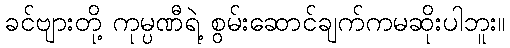
ခင်ဗျားတို့ ကုမ္ပဏီရဲ့ စွမ်းဆောင်ချက်ကမဆိုးပါဘူး။